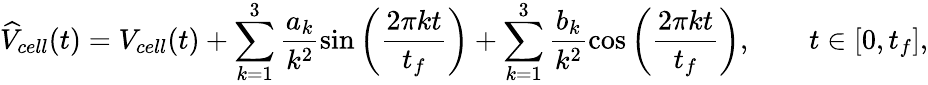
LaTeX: \widehat{V}_{cell}(t)=V_{cell}(t)+\sum_{k=1}^{3}\frac{a_{k}}{k^{2}}\sin\left(\frac{2\pi kt}{t_{f}}\right)+\sum_{k=1}^{3}\frac{b_{k}}{k^{2}}\cos\left(\frac{2\pi kt}{t_{f}}\right),\qquad t\in[0,t_{f}],